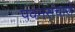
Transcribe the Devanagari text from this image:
पवनसंचारों